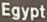
Egypt